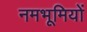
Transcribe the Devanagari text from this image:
नमभूमियों